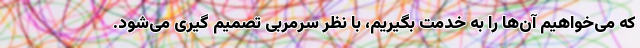
که می‌خواهیم آن‌ها را به خدمت بگیریم، با نظر سرمربی تصمیم گیری می‌شود.